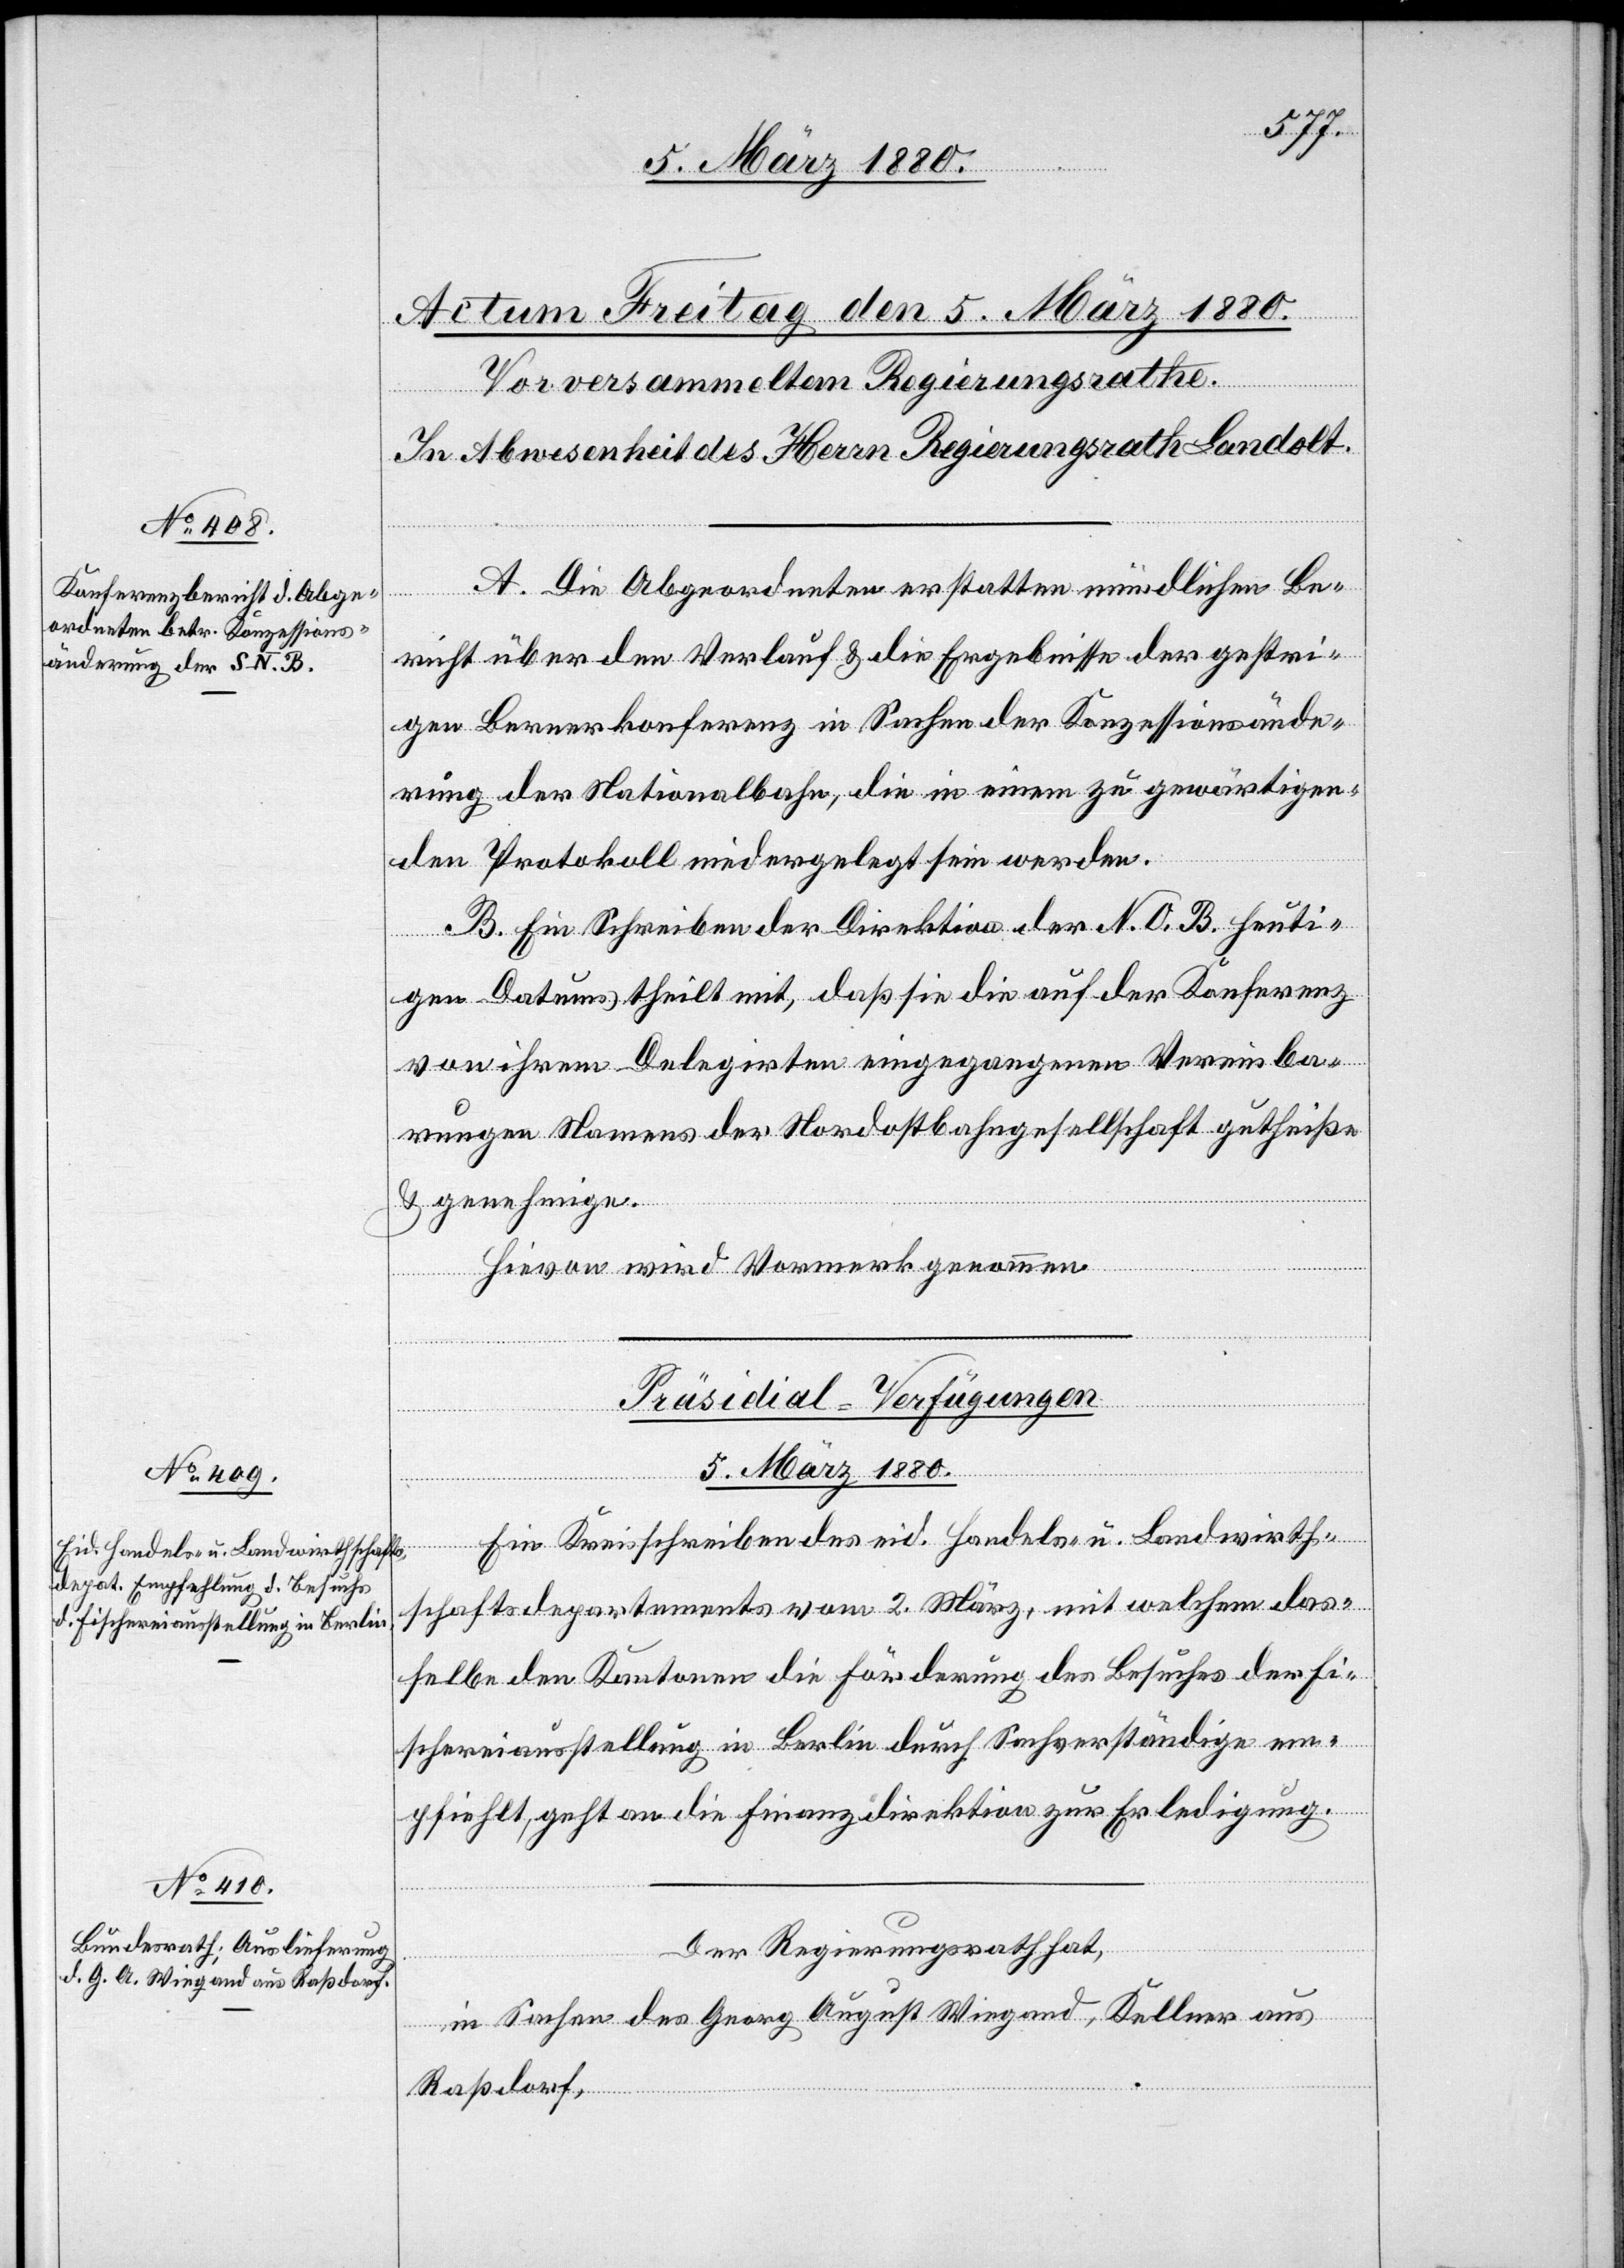
5. März 1880.]
A. Die Abgeordneten erstatten mündlichen Be¬
richt über den Verlauf & die Ergebnisse der gestri¬
gen Bernerkonferenz in Sachen der Konzessionsände¬
rung der Nationalbahn, die in einem zu gewärtigen¬
den Protokoll niedergelegt sein werden.
B. Ein Schreiben der Direktion der N. O. B. heuti¬
gen Datums theilt mit, daß sie die auf der Konferenz
von ihrem Delegirten eingegangenen Vereinba¬
rungen Namens der Nordostbahngesellschaft gutheiße
& genehmige.
Hievon wird Vormerk genommen.
[Präsidial-Verfügungen
5. März 1880.
Ein Kreisschreiben des eid. Handels- u. Landwirth¬
schaftsdepartement vom 2. März, mit welchem das¬
selbe den Kantonen die Förderung des Besuches der Fi¬
schereiausstellung in Berlin durch Sachverständige em¬
pfiehlt, geht an die Finanzdirektion zur Erledigung.
Der Regierungsrath hat,
in Sachen des Georg August Wiegand, Kellner aus
Raßdorf,